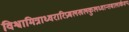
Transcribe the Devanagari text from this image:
विश्वामित्राध्वरारिप्रबलखलकुलध्वान्तबालार्करूप